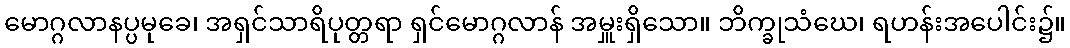
မောဂ္ဂလာနပ္ပမုခေ၊ အရှင်သာရိပုတ္တရာ ရှင်မောဂ္ဂလာန် အမှူးရှိသော။ ဘိက္ခုသံဃေ၊ ရဟန်းအပေါင်း၌။